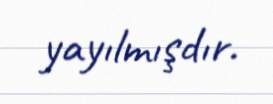
yayılmışdır.